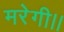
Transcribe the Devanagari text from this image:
मरेगी।।